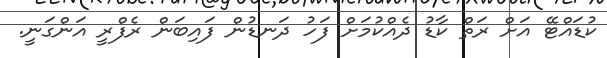
ކުޑައްޓޭ އަށް ރަތް ކާޑު ދެއްކުމަށް ފަހު ދަނޑުން ފައިބަން ރެފްރީ އަންގަނީ.